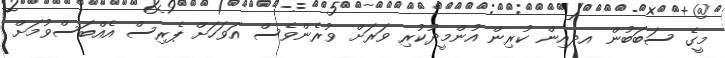
މީގެ ސަބަބުން އދއިން ކުރިން އުންމީދުކުރި ވަރަށް ވުރެންވެސް އަވަހަށް ޕެރިސް އެއްބަސްވުމަށް